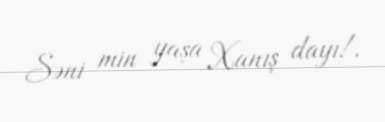
Səni min yaşa Xanış dayı!.